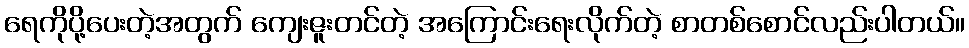
ရေကိုပို့ပေးတဲ့အတွက် ကျေးဇူးတင်တဲ့ အကြောင်းရေးလိုက်တဲ့ စာတစ်စောင်လည်းပါတယ်။